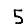
Digit: 5